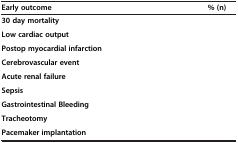
<table><thead><tr><td><b>Early outcome</b></td><td><b>% (n)</b></td></tr></thead><tbody><tr><td><b>30 day mortality</b></td><td>[EMPTY_CELL]</td></tr><tr><td><b>Low cardiac output</b></td><td>[EMPTY_CELL]</td></tr><tr><td><b>Postop myocardial infarction</b></td><td>[EMPTY_CELL]</td></tr><tr><td><b>Cerebrovascular event</b></td><td>[EMPTY_CELL]</td></tr><tr><td><b>Acute renal failure</b></td><td>[EMPTY_CELL]</td></tr><tr><td><b>Sepsis</b></td><td>[EMPTY_CELL]</td></tr><tr><td><b>Gastrointestinal Bleeding</b></td><td>[EMPTY_CELL]</td></tr><tr><td><b>Tracheotomy</b></td><td>[EMPTY_CELL]</td></tr><tr><td><b>Pacemaker implantation</b></td><td>[EMPTY_CELL]</td></tr></tbody></table>